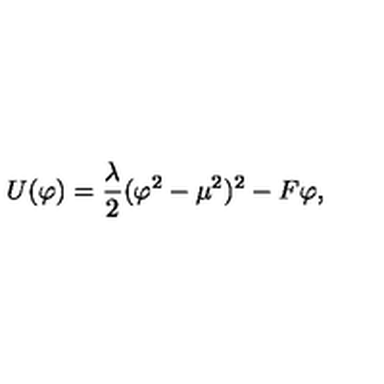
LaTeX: U ( \varphi ) = { \frac { \lambda } { 2 } } ( \varphi ^ { 2 } - \mu ^ { 2 } ) ^ { 2 } - F \varphi ,